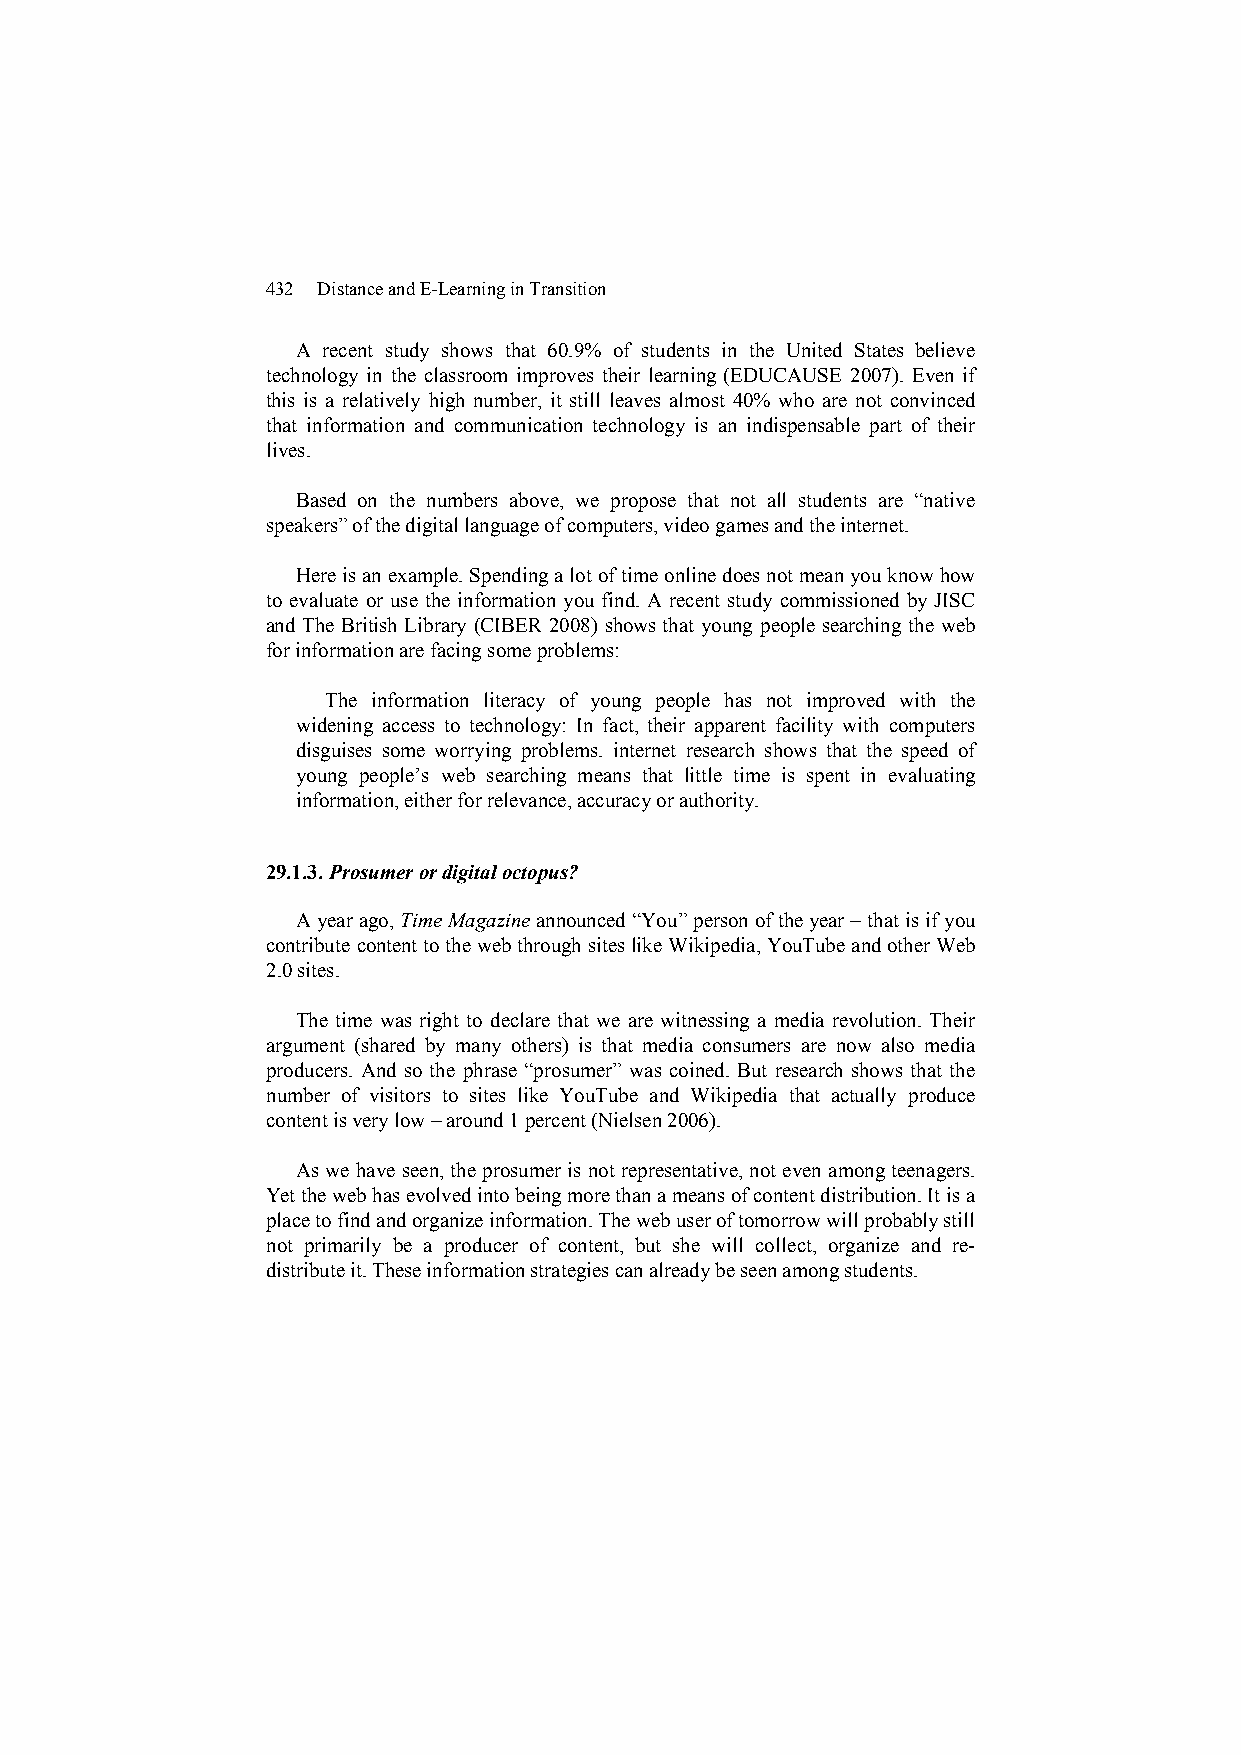
432 Distance and E-Learning in Transition
 A recent study shows that 60.9% of students in the United States believe
 technology in the classroom improves their learning (EDUCAUSE 2007). Even if
 this is a relatively high number, it still leaves almost 40% who are not convinced
 that information and communication technology is an indispensable part of their
 lives.
 Based on the numbers above, we propose that not all students are “native
 speakers” of the digital language of computers, video games and the internet.
 Here is an example. Spending a lot of time online does not mean you know how
 to evaluate or use the information you find. A recent study commissioned by JISC
 and The British Library (CIBER 2008) shows that young people searching the web
 for information are facing some problems:
 The information literacy of young people has not improved with the
 widening access to technology: In fact, their apparent facility with computers
 disguises some worrying problems. internet research shows that the speed of
 young people’s web searching means that little time is spent in evaluating
 information, either for relevance, accuracy or authority.
 29.1.3. Prosumer or digital octopus?
 A year ago, Time Magazine announced “You” person of the year – that is if you
 contribute content to the web through sites like Wikipedia, YouTube and other Web
 2.0 sites.
 The time was right to declare that we are witnessing a media revolution. Their
 argument (shared by many others) is that media consumers are now also media
 producers. And so the phrase “prosumer” was coined. But research shows that the
 number of visitors to sites like YouTube and Wikipedia that actually produce
 content is very low – around 1 percent (Nielsen 2006).
 As we have seen, the prosumer is not representative, not even among teenagers.
 Yet the web has evolved into being more than a means of content distribution. It is a
 place to find and organize information. The web user of tomorrow will probably still
 not primarily be a producer of content, but she will collect, organize and re-
 distribute it. These information strategies can already be seen among students.